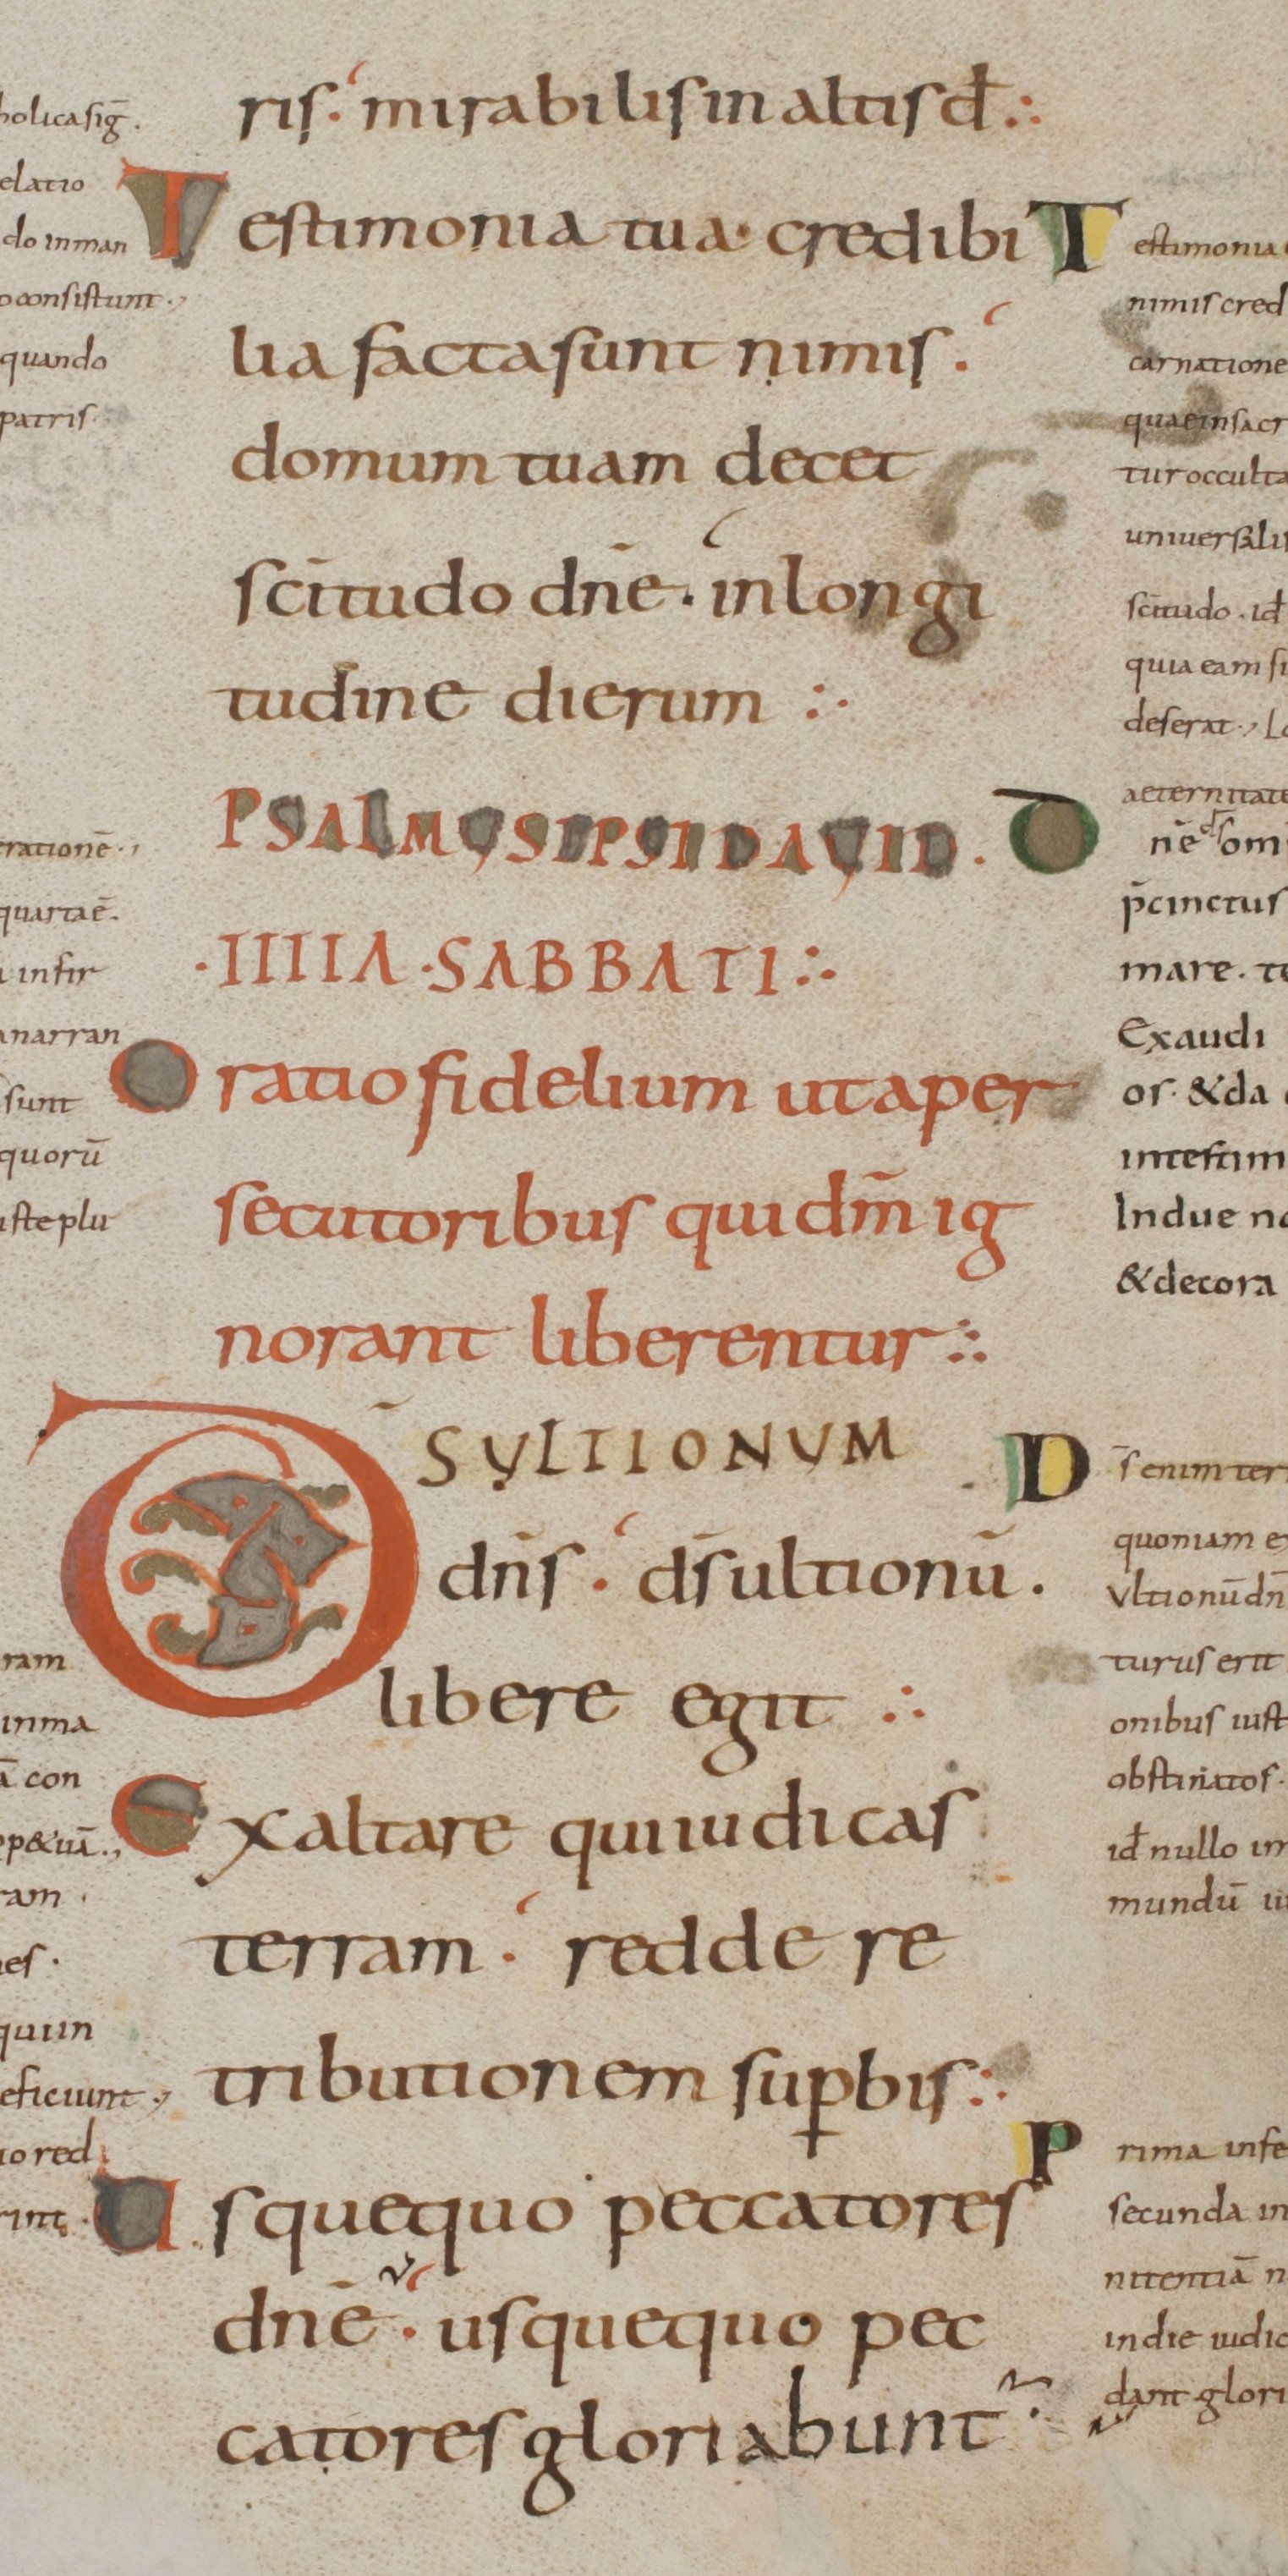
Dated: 800–899